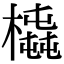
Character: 𣚆